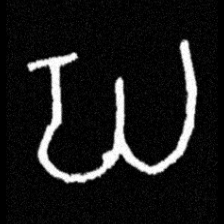
Pyu character \u2014 Myanmar letter: ဃ (romanized: gha)